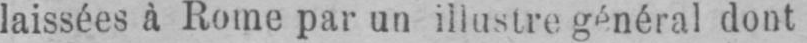
laissées à Rome par un illustre général dont